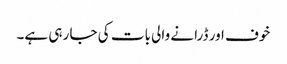
خوف اور ڈرانے والی بات کی جا رہی ہے۔